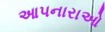
આપનારાઓ